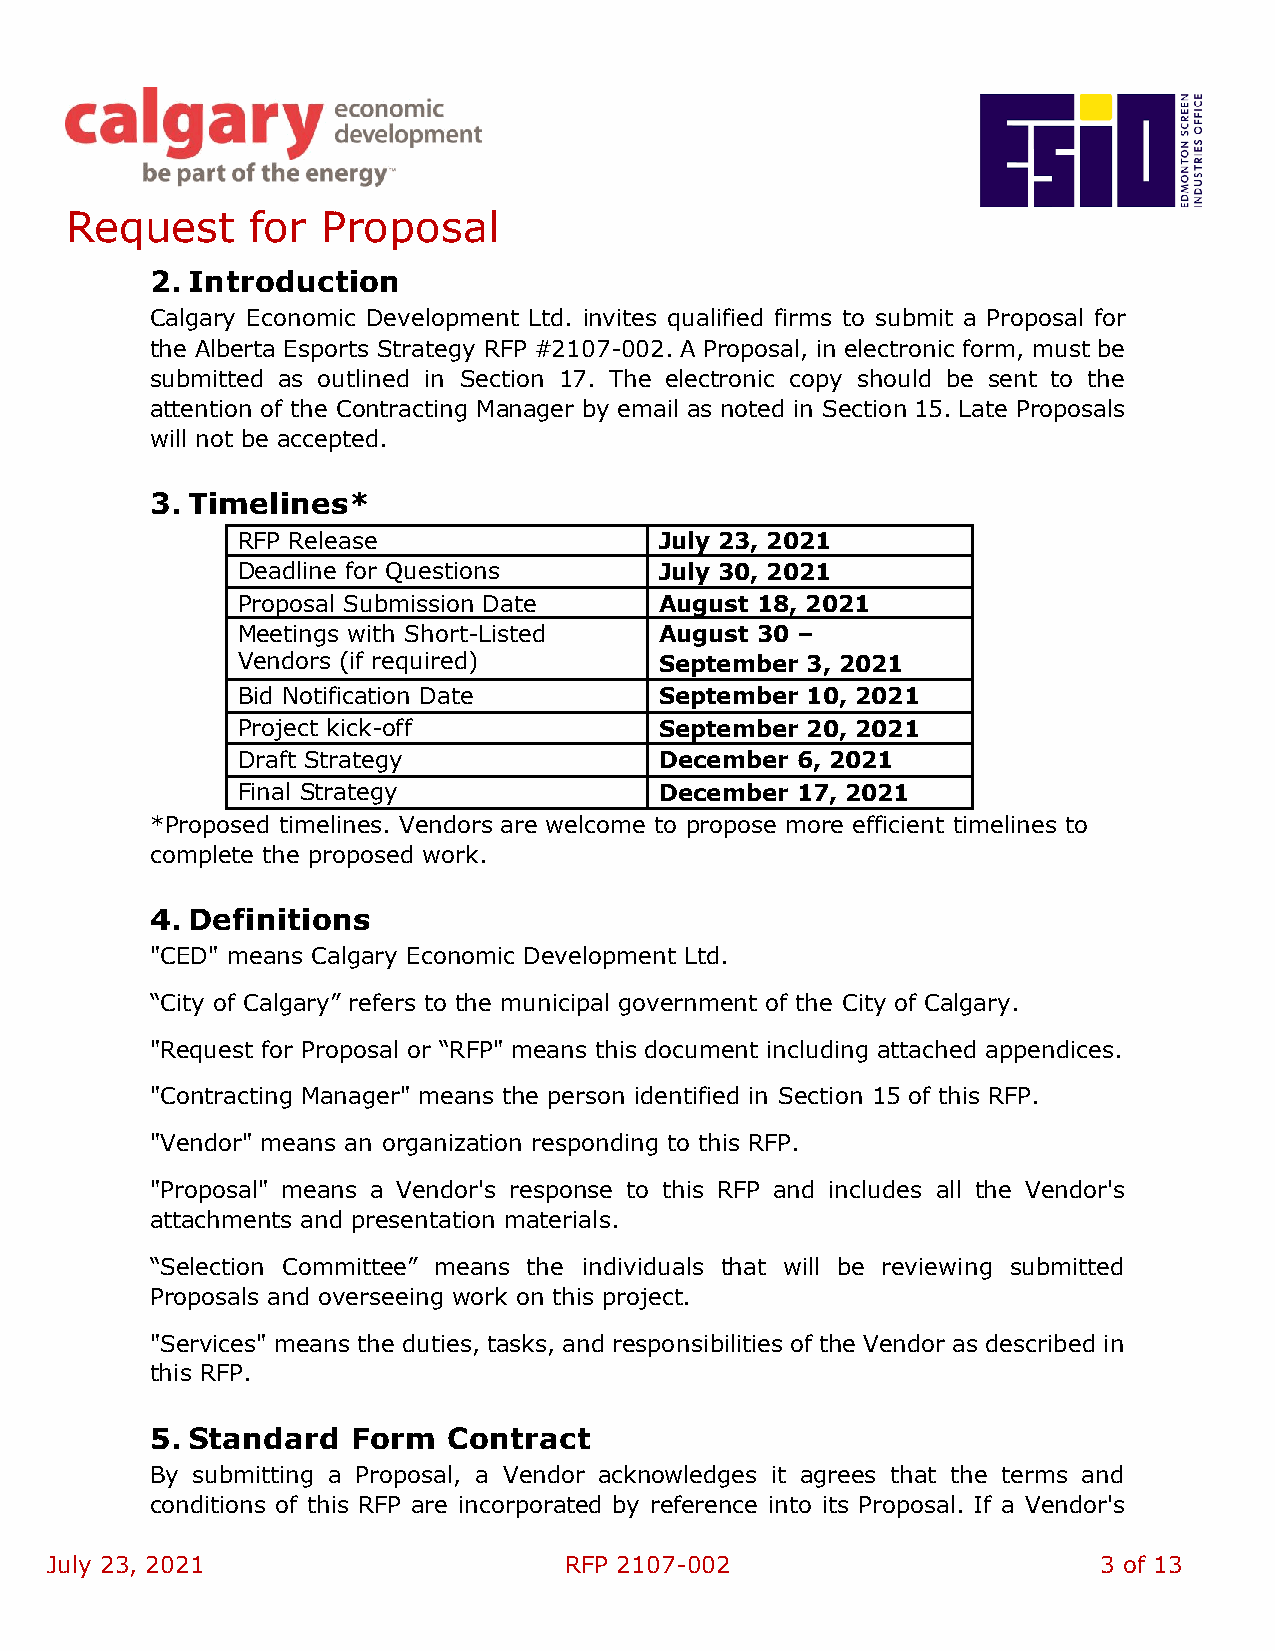
Request      for Proposal
 2. Introduction
 Calgary Economic Development Ltd. invites qualified firms to submit a Proposal for
 the Alberta Esports Strategy RFP #2107-002. A Proposal, in electronic form, must be
 submitted as outlined in Section 17. The electronic copy should be sent to the
 attention of the Contracting Manager by email as noted in Section 15. Late Proposals
 will not be accepted.
 3. Timelines*
 RFP Release                 July 23, 2021
 Deadline for Questions      July 30, 2021
 Proposal Submission Date    August 18, 2021
 Meetings with Short-Listed  August 30 –
 Vendors (if required)       September 3, 2021
 Bid Notification Date       September 10, 2021
 Project kick-off            September 20, 2021
 Draft Strategy              December 6, 2021
 Final Strategy              December 17, 2021
 *Proposed timelines. Vendors are welcome to propose more efficient timelines to
 complete the proposed work.
 4. Definitions
 "CED" means Calgary Economic Development Ltd.
 “City of Calgary” refers to the municipal government of the City of Calgary.
 "Request for Proposal or “RFP" means this document including attached appendices.
 "Contracting Manager" means the person identified in Section 15 of this RFP.
 "Vendor" means an organization responding to this RFP.
 "Proposal" means a Vendor's response to this RFP and includes all the Vendor's
 attachments and presentation materials.
 “Selection Committee” means the individuals that will be reviewing submitted
 Proposals and overseeing work on this project.
 "Services" means the duties, tasks, and responsibilities of the Vendor as described in
 this RFP.
 5. Standard  Form   Contract
 By submitting a Proposal, a Vendor acknowledges it agrees that the terms and
 conditions of this RFP are incorporated by reference into its Proposal. If a Vendor's
 July 23, 2021                     RFP 2107-002                        3 of 13